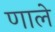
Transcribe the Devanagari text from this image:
णाले